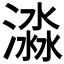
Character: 𣾜